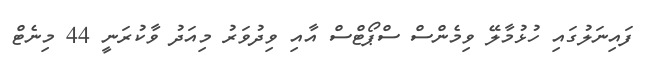
ފައިނަލުގައި ހުޅުމާލޭ ވިމެންސް ސްޕޯޓްސް އާއި ވިދުވަރު މިއަދު ވާކުރަނީ 44 މިނެޓް